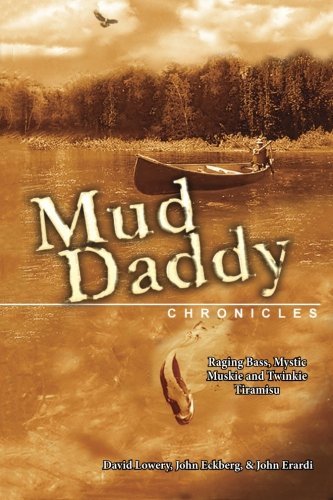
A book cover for The Mud Daddy Chronicles: Raging Bass, Mystic Muskie & Twinkie Tiramisu; David Lowery; Humor & Entertainment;